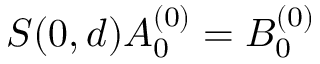
S ( 0 , d ) A _ { 0 } ^ { ( 0 ) } = B _ { 0 } ^ { ( 0 ) }